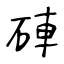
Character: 硨